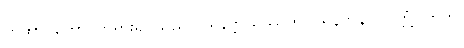
တထာဂတော၊ ဘုရားရှင်သည်။ ပရိနိဗ္ဗာယိဿတိ၊ ပရိနိဗ္ဗာန်ပြုလတ္တံ့။ ဣတိ၊